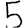
Digit: 5